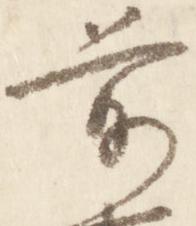
前